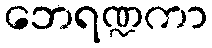
ဘေရဏ္ဍကာ